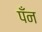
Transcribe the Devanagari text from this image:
पँन